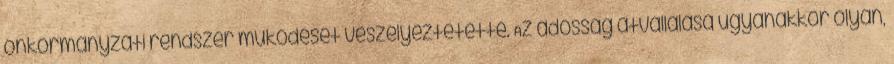
önkormányzati rendszer működését veszélyeztetette. Az adósság átvállalása ugyanakkor olyan,